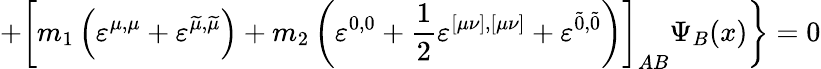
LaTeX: +\left[m_{1}\left(\varepsilon^{\mu,\mu}+\varepsilon^{\widetilde{\mu},\widetilde{\mu}}\right)+m_{2}\left(\varepsilon^{0,0}+\frac 12\varepsilon^{[\mu\nu],[\mu\nu]}+\varepsilon^{\widetilde{0},\widetilde{0}}\right)\right]_{AB}\Psi_{B}(x)\biggr\} =0